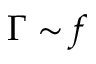
\Gamma \sim f